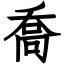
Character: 喬